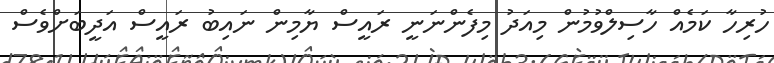
ހުރިހާ ކަމެއް ހާސިލްވުމުން މިއަދު މިފެންނަނީ ރައީސް ޔާމިން ނައިބު ރައީސް އަދީބަށްވެސް